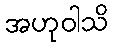
အဟုဝါသိ